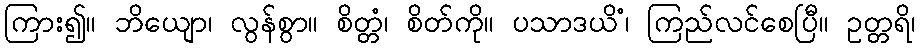
ကြား၍။ ဘိယျော၊ လွန်စွာ။ စိတ္တံ၊ စိတ်ကို။ ပသာဒယိံ၊ ကြည်လင်စေပြီ။ ဥတ္တရိ၊